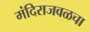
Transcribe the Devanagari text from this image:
मंदिराजवळचा